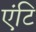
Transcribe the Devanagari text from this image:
एंटि